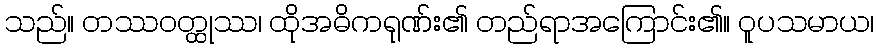
သည်။ တဿဝတ္ထုဿ၊ ထိုအဓိကရုဏ်း၏ တည်ရာအကြောင်း၏။ ဝူပသမာယ၊